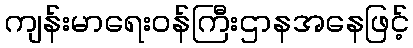
ကျန်းမာရေးဝန်ကြီးဌာနအနေဖြင့်